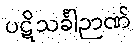
ပဋိသင်္ခါဉာဏ်